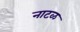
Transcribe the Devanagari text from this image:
नाटळ